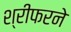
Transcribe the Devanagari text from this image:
श्रीफरने